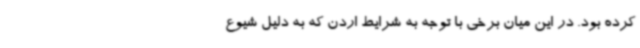
کرده بود. در این میان برخی با توجه به شرایط اردن که به دلیل شیوع